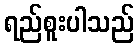
ရည်စူးပါသည်